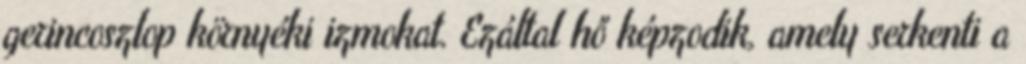
gerincoszlop környéki izmokat. Ezáltal hő képzodik, amely serkenti a